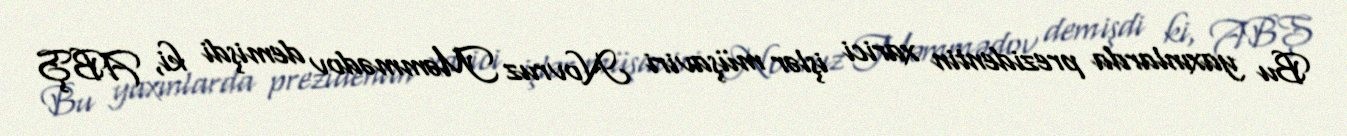
Bu yaxınlarda prezidentin xarici işlər müşaviri Novruz Məmmədov demişdi ki, ABŞ